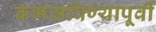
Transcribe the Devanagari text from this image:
कमसविण्यापूर्वी